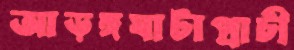
আড়ঙ্গঘাটাপ্রাচী